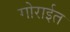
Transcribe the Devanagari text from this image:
गोराईत